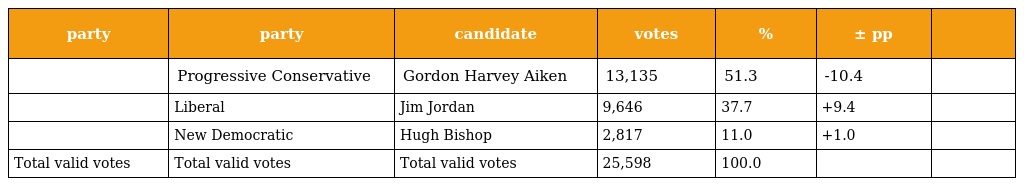
| party | party | candidate | votes | % | ± pp |  |
 | --- | --- | --- | --- | --- | --- | --- |
 |  | Progressive Conservative | Gordon Harvey Aiken | 13,135 | 51.3 | -10.4 |  |
 |  | Liberal | Jim Jordan | 9,646 | 37.7 | +9.4 |  |
 |  | New Democratic | Hugh Bishop | 2,817 | 11.0 | +1.0 |  |
 | Total valid votes | Total valid votes | Total valid votes | 25,598 | 100.0 |  |  |